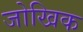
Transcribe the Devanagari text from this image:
जोखिक